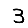
Digit: 3